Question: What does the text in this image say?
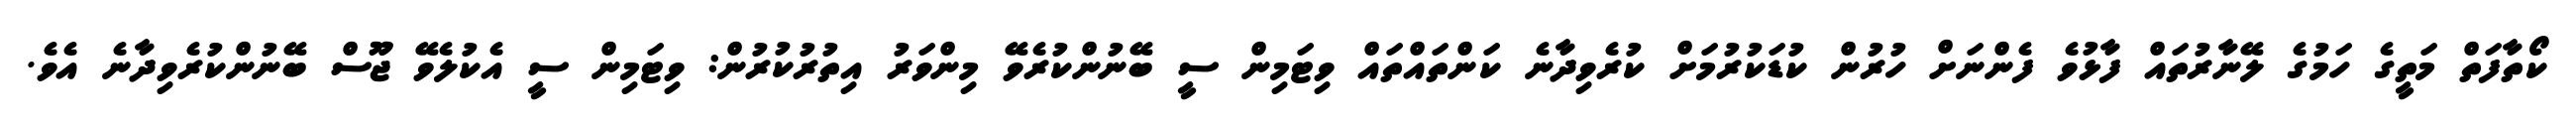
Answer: ކޯތާފަތް މަތީގެ ހަމުގެ ލޭނާރުތައް ފާޅުވެ ފެންނަށް ހުރުން ކުޑަކުރުމަށް ކުރެވިދާނެ ކަންތައްތައް ވިޓަމިން ސީ ބޭނުންކުރެވޭ މިންވަރު އިތުރުކުރުން: ވިޓަމިން ސީ އެކުލެވޭ ޖޫސް ބޭނުންކުރެވިދާނެ އެވެ.